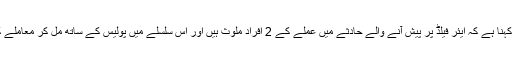
ہیتھرو ایئر پورٹ کے ترجمان کا کہنا ہے کہ ایئر فیلڈ پر پیش آنے والے حادثے میں عملے کے 2 افراد ملوث ہیں اور اس سلسلے میں پولیس کے ساتھ مل کر معاملے کی تحقیقات شروع کردی گئی ہیں۔